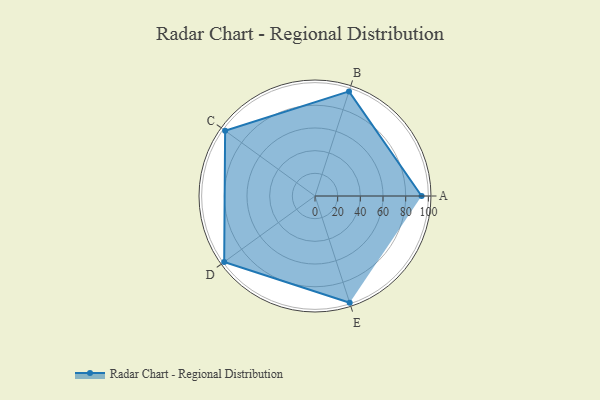
{"axis": {"x": "Skill", "y": "Score"}, "legend": ["Profile"], "data": [{"x": "A", "y": 94.0, "type": "Profile"}, {"x": "B", "y": 97.0, "type": "Profile"}, {"x": "C", "y": 98.0, "type": "Profile"}, {"x": "D", "y": 99, "type": "Profile"}, {"x": "E", "y": 99, "type": "Profile"}]}